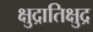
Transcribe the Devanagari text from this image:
क्षुद्रातिक्षुद्र